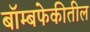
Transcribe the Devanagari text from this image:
बॉम्बफेकीतील